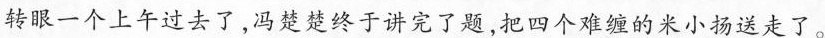
转眼一个上午过去了，冯楚楚终于讲完了题，把四个难缠的米小扬送走了